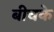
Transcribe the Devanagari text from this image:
बीचके